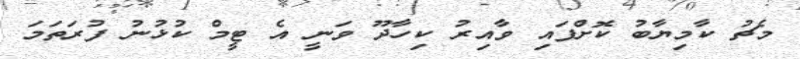
މެޗު ކާމިޔާބު ކޮށްފައި ވާއިރު ކިހާދޫ ވަނީ އެ ޓީމް ކުޅުނު ފުރަތަމަ